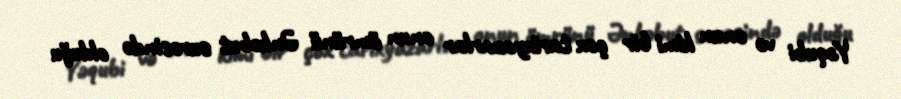
Yəqubi və onun kimi bir çox tarixyazarlar onun ömrünü Ənkəbut surəsində olduğu